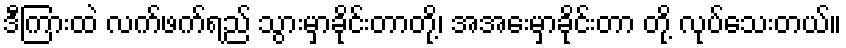
ဒီကြားထဲ လက်ဖက်ရည် သွားမှာခိုင်းတာတို့၊ အအေးမှာခိုင်းတာ တို့ လုပ်သေးတယ်။